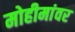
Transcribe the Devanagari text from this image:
मोहीमांवर